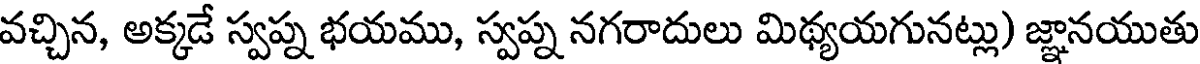
వచ్చిన, అక్కడే స్వప్న భయము, స్వప్న నగరాదులు మిథ్యయగునట్లు) జ్ఞానయుతు